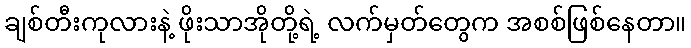
ချစ်တီးကုလားနဲ့ ဖိုးသာအိုတို့ရဲ့ လက်မှတ်တွေက အစစ်ဖြစ်နေတာ။